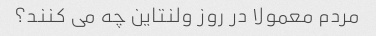
مردم معمولا در روز ولنتاین چه می کنند؟